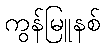
ကွန်မြူနစ်